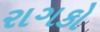
રાગકો